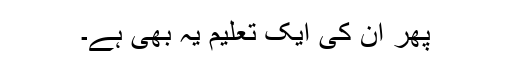
پھر ان کی ایک تعلیم یہ بھی ہے۔